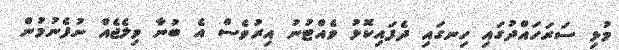
މުޅި ސަރަހައްދުގައި ހިނގައި ދެފައިކޮޅު ވެއްޓުނު އިރުވެސް އެ ބުނާ ވިލެޖެއް ނުފެނުމުން